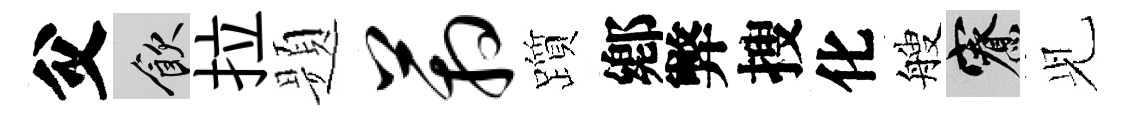
父飲拉题箱躓鄕弊搜化艘寮𫤗